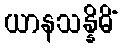
ယာနသန္နိဓိံ